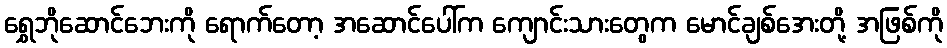
ရွှေဘိုဆောင်ဘေးကို ရောက်တော့ အဆောင်ပေါ်က ကျောင်းသားတွေက မောင်ချစ်အေးတို့ အဖြစ်ကို